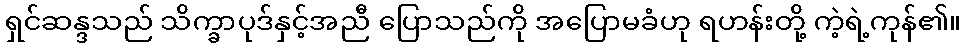
ရှင်ဆန္ဒသည် သိက္ခာပုဒ်နှင့်အညီ ပြောသည်ကို အပြောမခံဟု ရဟန်းတို့ ကဲ့ရဲ့ကုန်၏။